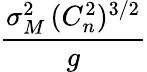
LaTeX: \frac{\sigma_{M}^{2}\, (C_{n}^{2})^{3/2}}{g}